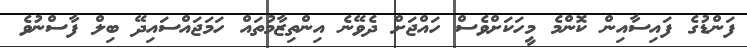
ފަންޑުގެ ފައިސާއިން ކޮންމެ މީހަކަށްވެސް ހައްޖަށް ދެވޭނެ އިންތިޒާމުތައް ހަމަޖައްސައިދޭ ބިލް ފާސްނުވެ